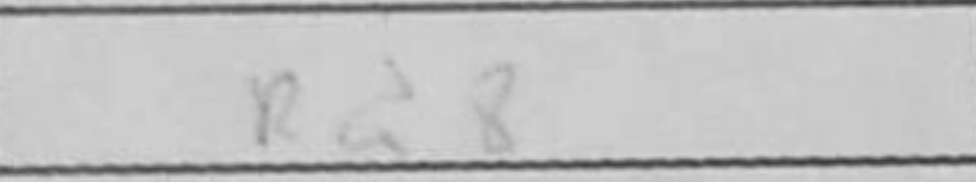
Transcription: Rd8